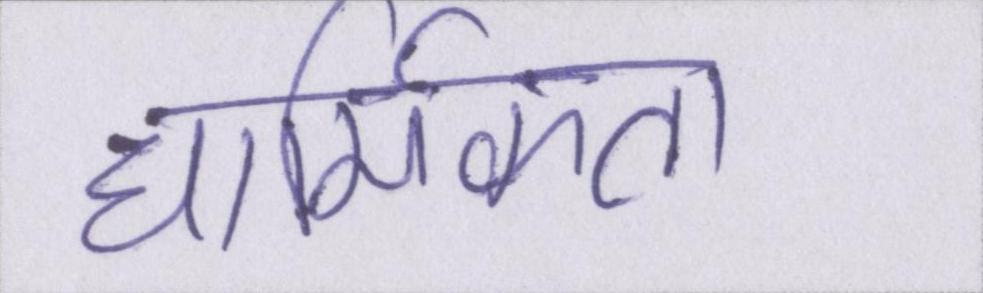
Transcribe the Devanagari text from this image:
धार्मिकता